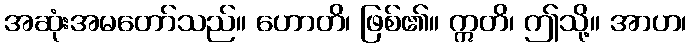
အဆုံးအမတော်သည်။ ဟောတိ၊ ဖြစ်၏။ ဣတိ၊ ဤသို့။ အာဟ၊